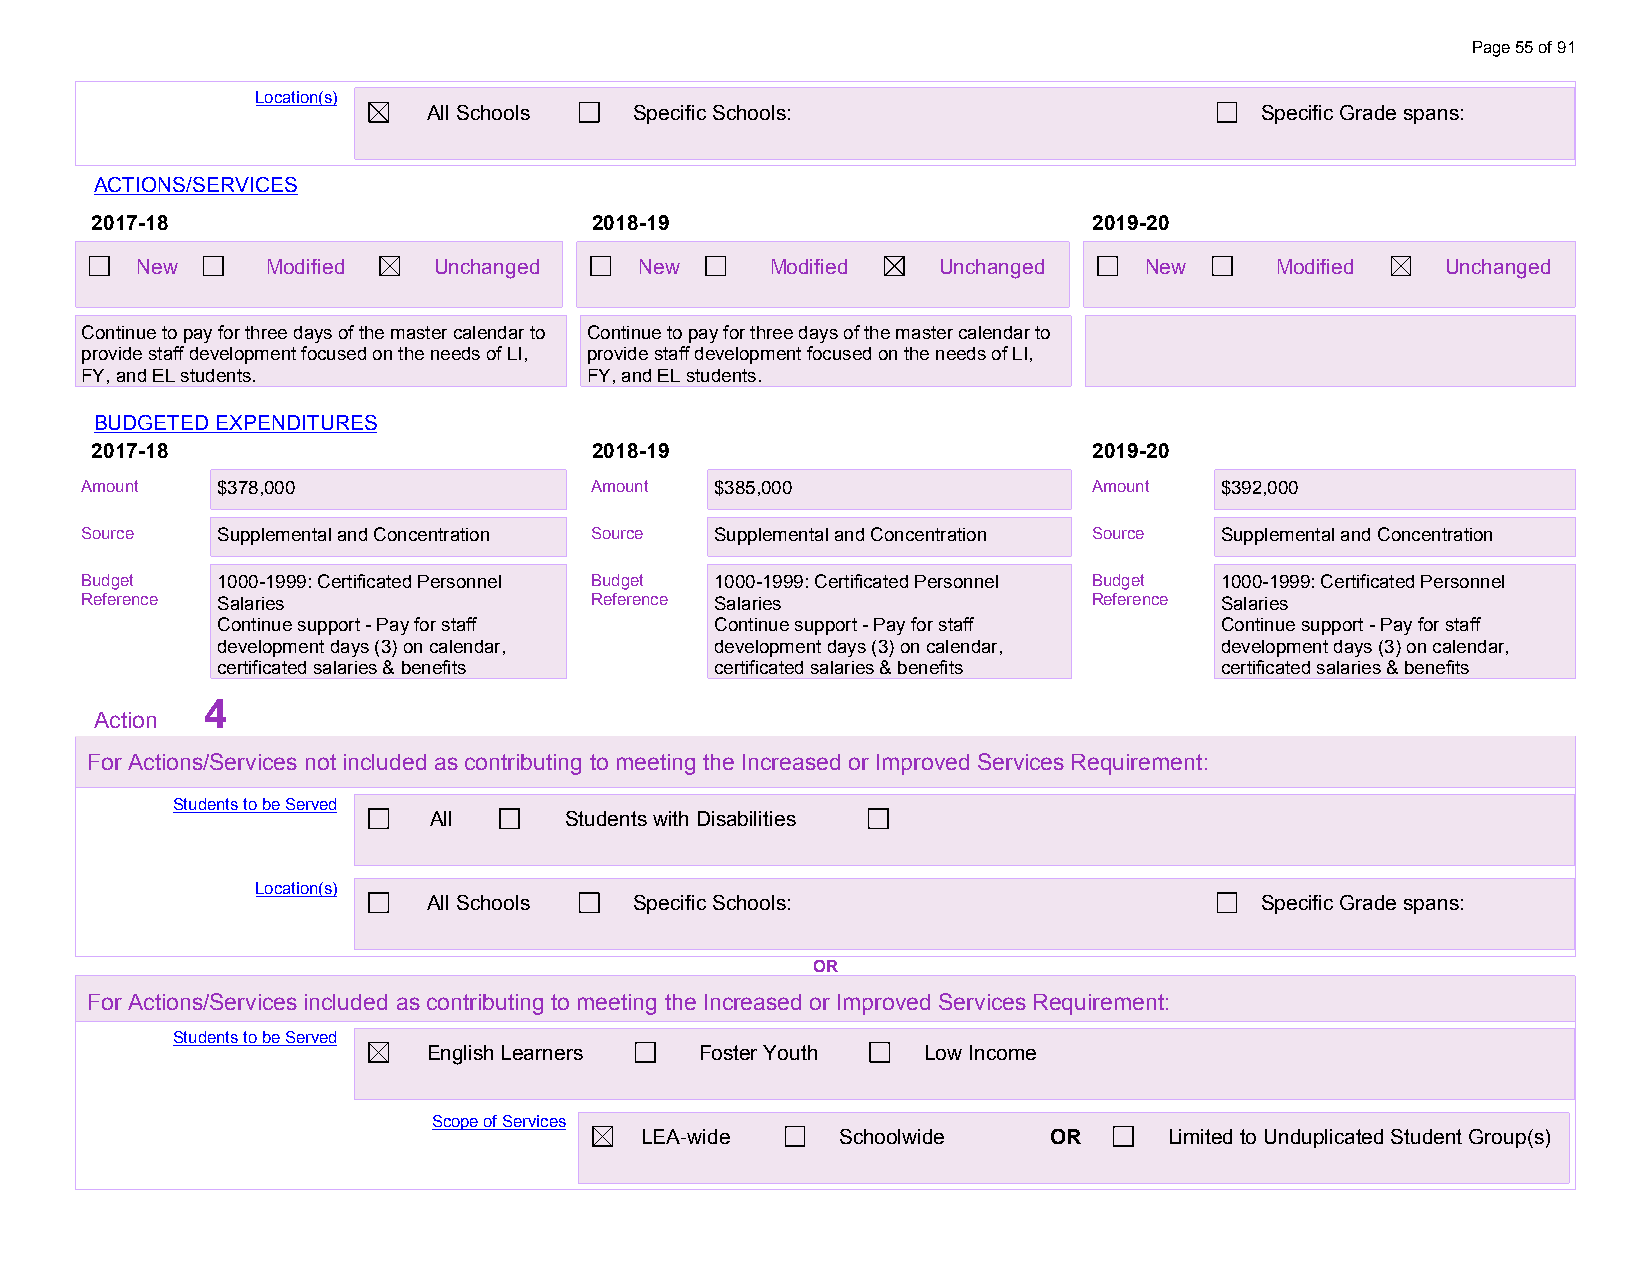
Page 55 of 91
 Location(s)
 All Schools   Specific Schools:                        Specific Grade spans:
 ACTIONS/SERVICES
 2017-18                          2018-19                          2019-20
 New      Modified   Unchanged    New      Modified   Unchanged     New     Modified    Unchanged
 Continue to pay for three days of the master calendar to Continue to pay for three days of the master calendar to
 provide staff development focused on the needs of LI, provide staff development focused on the needs of LI,
 FY, and EL students.              FY, and EL students.
 BUDGETED EXPENDITURES
 2017-18                          2018-19                          2019-20
 Amount   $378,000                 Amount  $385,000                 Amount   $392,000
 S o u rce
 $ S3 u7 p8 p,0 le0 m0
 ental and Concentration Source Supplemental and Concentration Source Supplemental and Concentration
 B u d get
 $ 13 07 08 0,0 -10 90
 99: Certificated Personnel Budget 1000-1999: Certificated Personnel Budget 1000-1999: Certificated Personnel
 Reference Salaries                Reference Salaries               Reference Salaries
 Continue support - Pay for staff Continue support - Pay for staff  Continue support - Pay for staff
 development days (3) on calendar, development days (3) on calendar, development days (3) on calendar,
 certificated salaries & benefits certificated salaries & benefits  certificated salaries & benefits
 4
 Action
 For Actions/Services not included as contributing to meeting the Increased or Improved Services Requirement:
 Students to be Served
 All      Students with Disabilities
 Location(s)
 All Schools   Specific Schools:                        Specific Grade spans:
 OR
 For Actions/Services included as contributing to meeting the Increased or Improved Services Requirement:
 Students to be Served
 English Learners  Foster Youth   Low Income
 Scope of Services
 LEA-wide      Schoolwide   OR      Limited to Unduplicated Student Group(s)